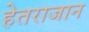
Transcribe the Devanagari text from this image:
हेतराजान